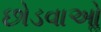
છોડવાઓૢ